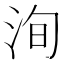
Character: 洵